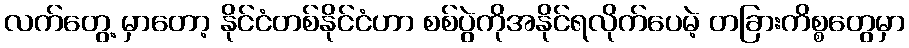
လက်တွေ့ မှာတော့ နိုင်ငံတစ်နိုင်ငံဟာ စစ်ပွဲကိုအနိုင်ရလိုက်ပေမဲ့ တခြားကိစ္စတွေမှာ